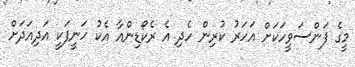
މީގެ ފަންސަވީހަކަށް އަހަރު ކުރިން ހެދި އެ ރެކޯޑިންއާ އެކު ހަނީފަކީ އަދިއަދަށް